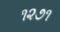
૧૨૭૧